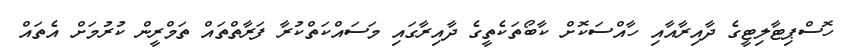
ހޮސްޕިޓާލިޓީގެ ދާއިރާއާއި ހާއްސަކޮށް ކާބޯތަކެތީގެ ދާއިރާގައި މަސައްކަތްކުރާ ފަރާތްތައް ތަމްރީން ކުރުމަށް އެތައް